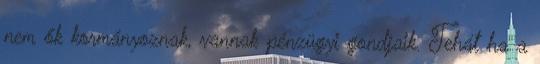
nem ők kormányoznak, vannak pénzügyi gondjaik. Tehát ha a